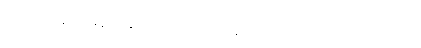
ရခိုင်မှာကုန်ဈေးနှုန်းအဆမတန်ဈေးတက်နေပြီး အလုပ်အကိုင်အခွင့်အလမ်းနဲ့